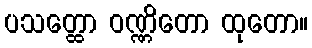
ပသတ္ထော ဝဏ္ဏိတော ထုတော။